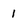
Character: 1